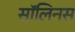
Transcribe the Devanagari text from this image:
सॉलिनस